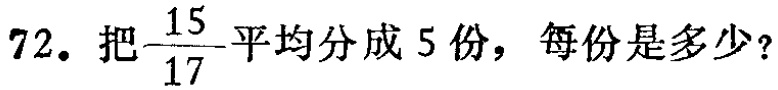
72. 把$\frac{15}{17}$平均分成 5 份，每份是多少？